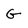
Character: G